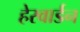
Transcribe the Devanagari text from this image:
हेरवार्डन